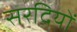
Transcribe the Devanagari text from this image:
सरदियों